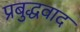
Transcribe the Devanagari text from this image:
प्रबुद्धवाद